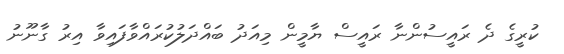
ކުރީގެ ދެ ރައީސުންނާ ރައީސް ޔާމީން މިއަދު ބައްދަލުކުރައްވާފައިވާ އިރު ގާނޫނު